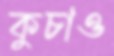
কুচাও